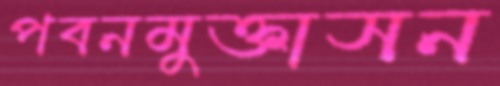
পবনমুক্তাসন